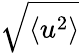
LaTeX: \sqrt{\left\langle u^{2}\right\rangle}